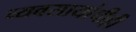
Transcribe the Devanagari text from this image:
व्यवसायांचीही